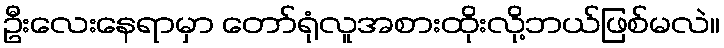
ဦးလေးနေရာမှာ တော်ရုံလူအစားထိုးလို့ဘယ်ဖြစ်မလဲ။